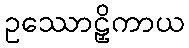
ဥဿောဠှိကာယ